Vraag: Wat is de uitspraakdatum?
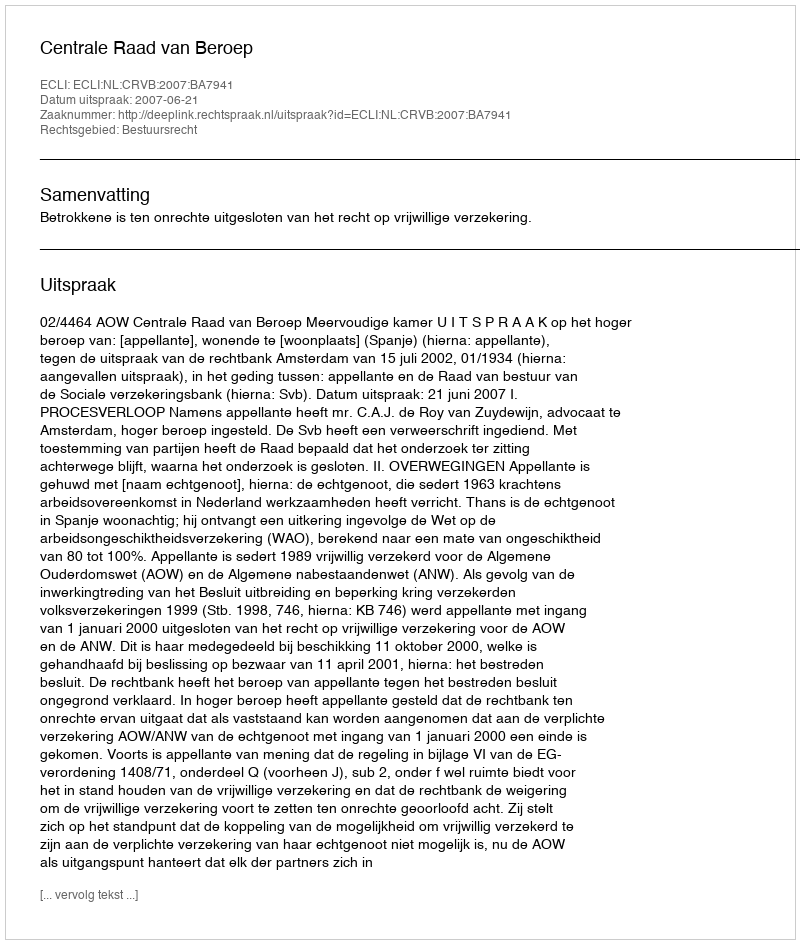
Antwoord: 2007-06-21